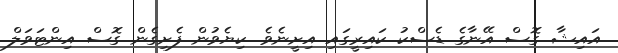
އައިޝާ ގޮސް އޭނާގެ ޑެސްކު ކައިރީގައި އިށީނެވެ. ކިޔެވުން ފެށިގެން ގޮސް އިންޓަވަލް